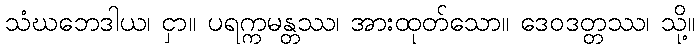
သံဃဘေဒါယ၊ ငှာ။ ပရက္ကမန္တဿ၊ အားထုတ်သော။ ဒေဝဒတ္တဿ၊ သို့။